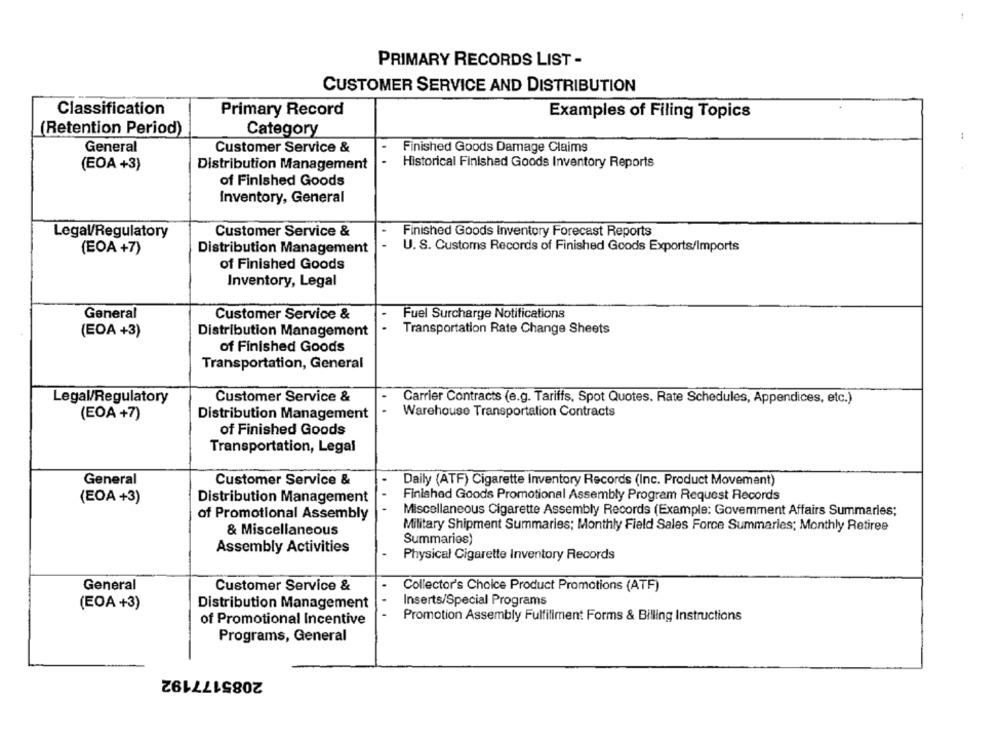
PRIMARY RECORDS LIST -
CUSTOMER SERVICE AND DISTRIBUTION
Classification
Primary Record
Examples of Filing Topics
(Retention Period)
Category
General
Customer Service &
Finished Goods Damage Claims
..
Historical Finished Goods Inventory Reports
(EOA +3)
Distribution Management
of Finished Goods
Inventory, General
Legal/Regulatory
Customer Service &
Finished Goods Inventory Forecast Reports
(EOA +7)
Distribution Management
U. S. Customs Records of Finished Goods Exports/Imports
of Finished Goods
Inventory, Legal
General
Customer Service &
Fuel Surcharge Notifications
(EOA +3)
Distribution Management
Transportation Rate Change Sheets
of Finished Goods
Transportation, General
Legal/Regulatory
Customer Service &
Carrier Contracts (e.g. Tariffs, Spot Quotes. Rate Schedules, Appendices, etc.)
(EOA +7)
Distribution Management
Warehouse Transportation Contracts
of Finished Goods
Transportation, Legal
General
Customer Service &
Daily (ATF) Cigarette Inventory Records (Inc. Product Movement)
Finished Goods Promotional Assembly Program Request Records
(EOA+3)
Distribution Management
Miscellaneous Cigarette Assembly Records (Example: Govemment Affairs Summaries;
of Promotional Assembly
Military Shipment Summaries; Monthly Field Sales Force Summaries; Monthly Retiree
& Miscellaneous
Summaries)
Assembly Activities
Physical Cigarette Inventory Records
General
Customer Service &
Collector's Choice Product Promotions (ATF)
Inserts/Special Programs
(EOA +3)
Distribution Management
of Promotional Incentive
Promotion Assembly Fulfillment Forms & Billing Instructions
Programs, General
2085177192